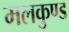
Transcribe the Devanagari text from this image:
मलकुण्ड